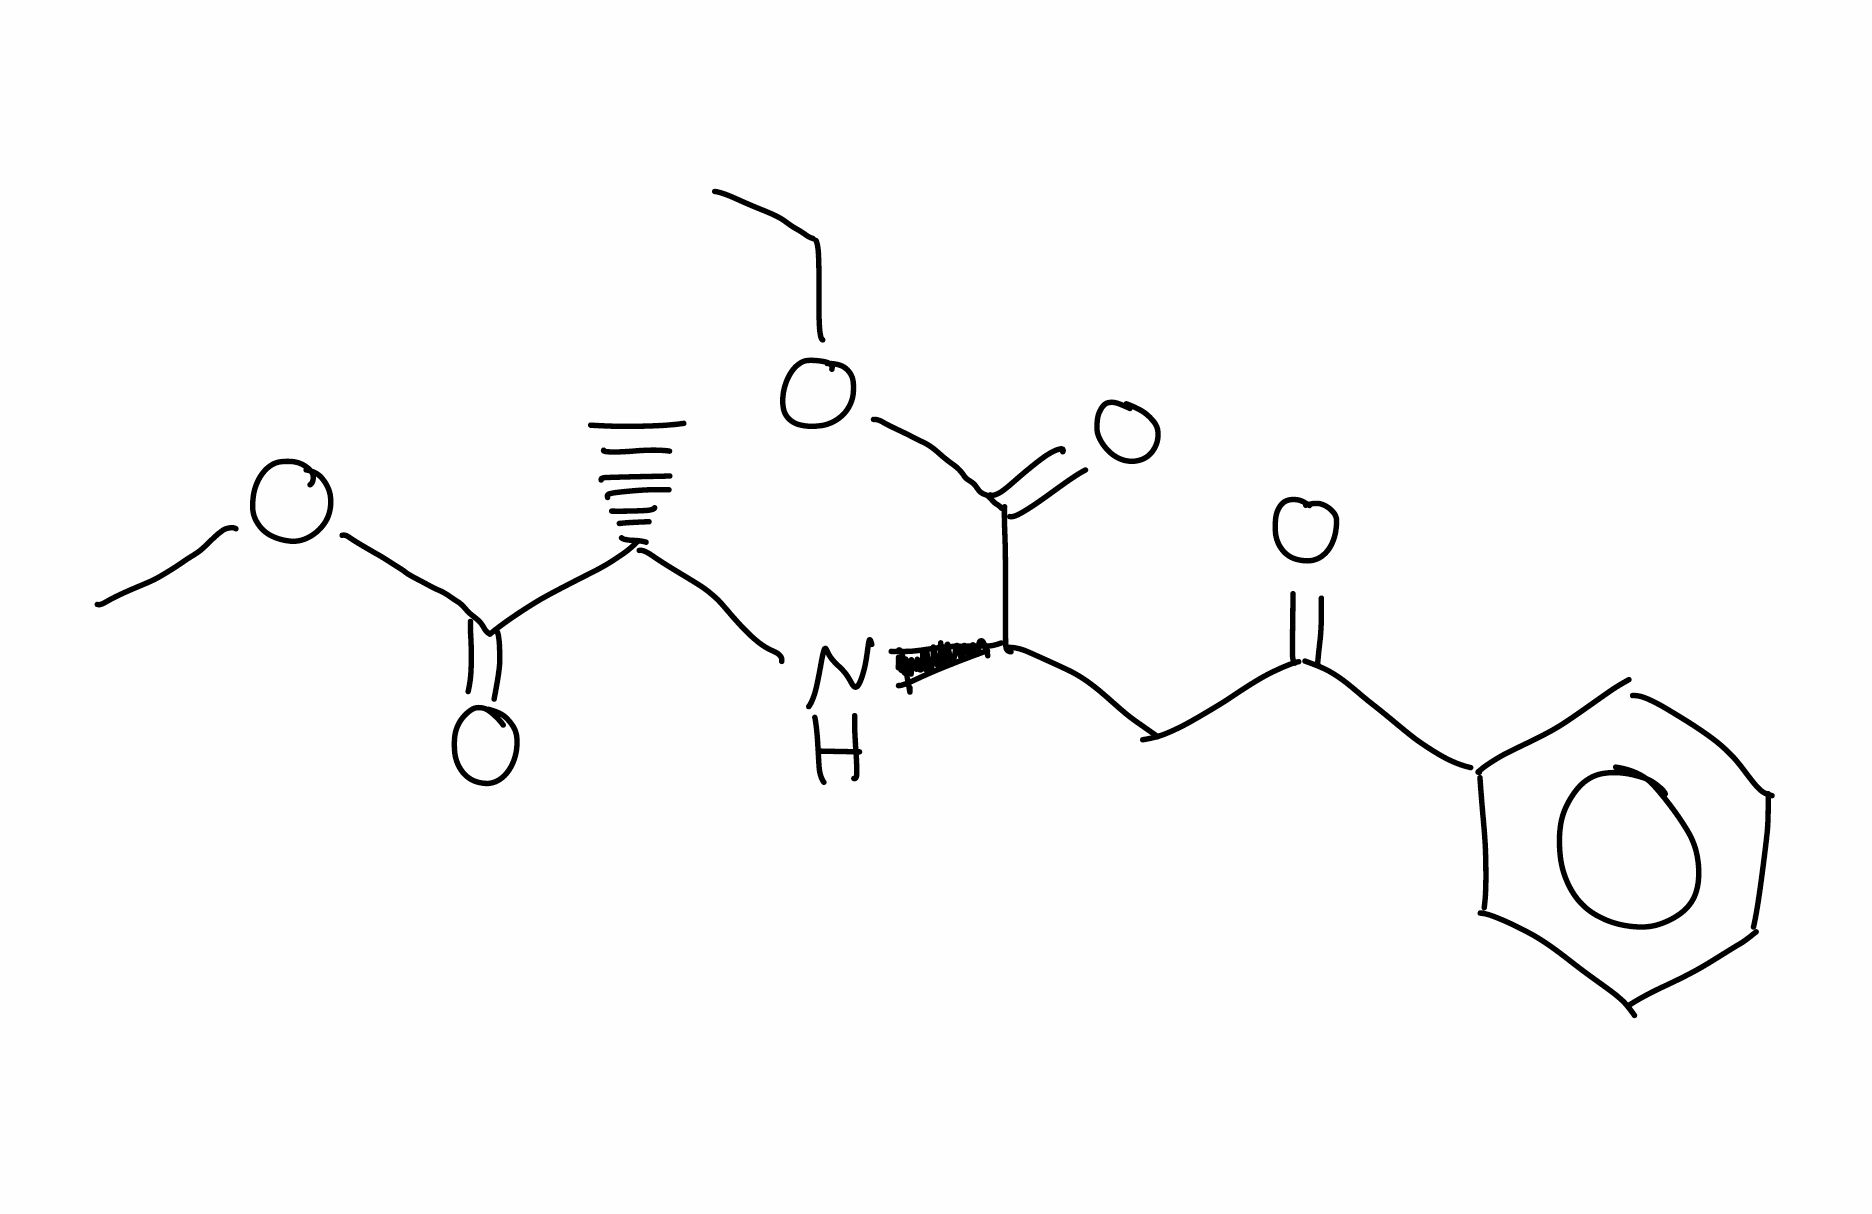
Simplified molecular-input line-entry system (SMILES) notation of the given molecule:
CCOC(=O)[C@@H](CC(=O)C1=CC=CC=C1)N[C@@H](C)C(=O)OC